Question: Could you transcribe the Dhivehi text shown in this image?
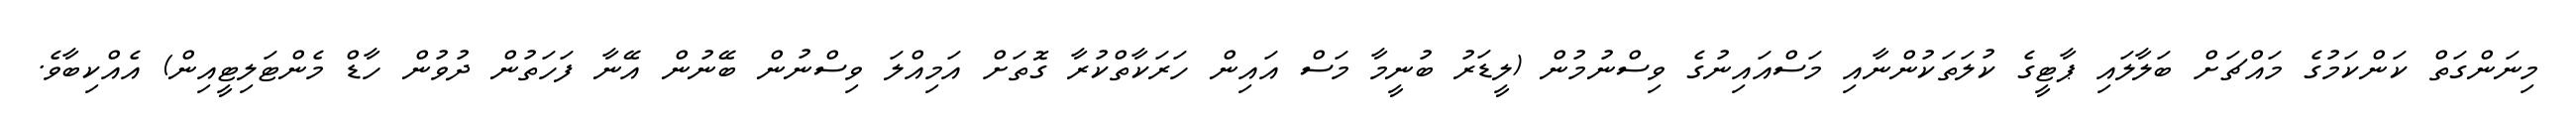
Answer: މިނަންގަތް ކަންކަމުގެ މައްޗަށް ބަލާލައި ޕާޓީގެ ކުލަތަކުންނާއި މަސްއައިނުގެ ވިސްނުމުން (ލީޑަރު ބުނީމާ މަސް އައިން ހަރަކާތްކުރާ ގޮތަށް އަމިއްލަ ވިސްނުން ބޭނުން އޭނާ ފަހަތުން ދުވުން ހާޑް މެންޓަލިޓީއިން) އެއްކިބާވެ.